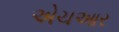
એચઆર